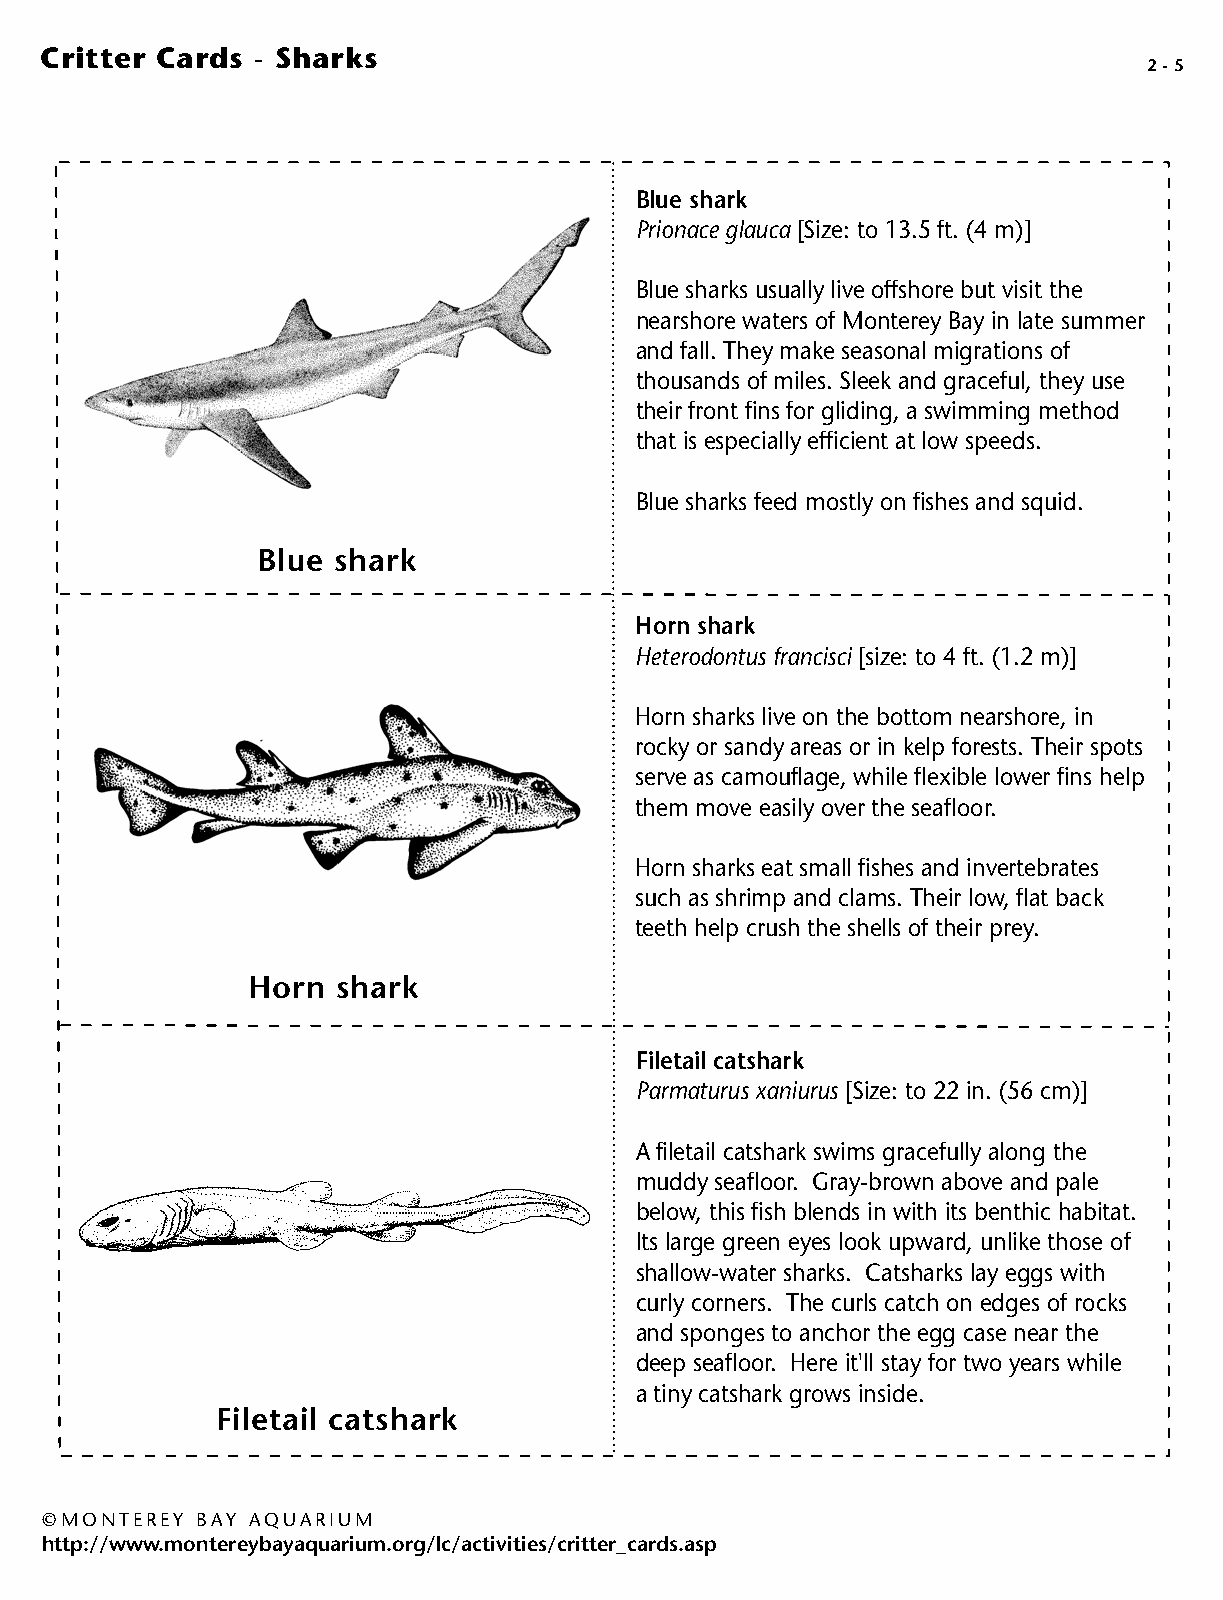
Critter Cards - Sharks
 2 - 5
 Blue shark
 Prionace glauca [Size: to 13.5 ft. (4 m)]
 Blue sharks usually live offshore but visit the
 nearshore waters of Monterey Bay in late summer
 and fall. They make seasonal migrations of
 thousands of miles. Sleek and graceful, they use
 their front fins for gliding, a swimming method
 that is especially efficient at low speeds.
 Blue sharks feed mostly on fishes and squid.
 Blue shark
 Horn shark
 Heterodontus francisci [size: to 4 ft. (1.2 m)]
 Horn sharks live on the bottom nearshore, in
 rocky or sandy areas or in kelp forests. Their spots
 serve as camouflage, while flexible lower fins help
 them move easily over the seafloor.
 Horn sharks eat small fishes and invertebrates
 such as shrimp and clams. Their low, flat back
 teeth help crush the shells of their prey.
 Horn  shark
 Filetail catshark
 Parmaturus xaniurus [Size: to 22 in. (56 cm)]
 A filetail catshark swims gracefully along the
 muddy seafloor. Gray-brown above and pale
 below, this fish blends in with its benthic habitat.
 Its large green eyes look upward, unlike those of
 shallow-water sharks. Catsharks lay eggs with
 curly corners. The curls catch on edges of rocks
 and sponges to anchor the egg case near the
 deep seafloor. Here it'll stay for two years while
 a tiny catshark grows inside.
 Filetail catshark
 © MONTEREY BAY AQUARIUM
 http://www.montereybayaquarium.org/lc/activities/critter_cards.asp